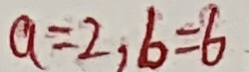
a = 2 , b = 6